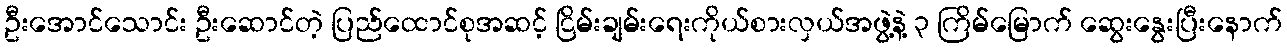
ဦးအောင်သောင်း ဦးဆောင်တဲ့ ပြည်ထောင်စုအဆင့် ငြိမ်းချမ်းရေးကိုယ်စားလှယ်အဖွဲ့နဲ့ ၃ ကြိမ်မြောက် ဆွေးနွေးပြီးနောက်